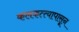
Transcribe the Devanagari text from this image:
कलकत्त्यापासून